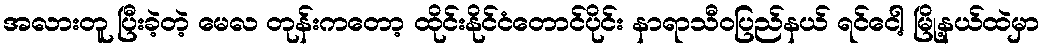
အလားတူ ပြီးခဲ့တဲ့ မေလ တုန်းကတော့ ထိုင်းနိုင်ငံတောင်ပိုင်း နာရာသီဝပြည်နယ် ရင်ငေါ့ မြို့နယ်ထဲမှာ